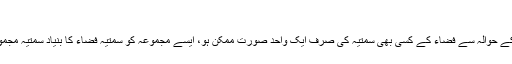
بنیاد سمتیہ (تعریف)[ترمیم]
مدیدی سمتیہ کا ایسا مجموعہ جس کے حوالہ سے فضاء کے کسی بھی سمتیہ کی صرف ایک واحد صورت ممکن ہو، ایسے مجموعہ کو سمتیہ فضاء کا بنیاد سمتیہ مجموعہ (basis vectors) کہتے ہیں۔